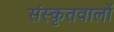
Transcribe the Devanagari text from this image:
संस्कृतवालों